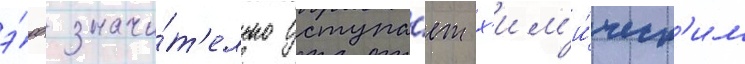
э́рд значи́т'ельно уступа́ет х'им'и́ческ'им